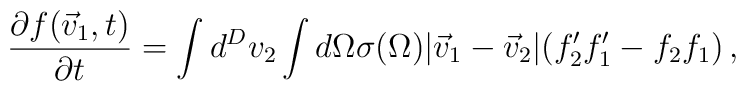
{ {\partial f(\vec v_1, t)} \over {\partial t}} =\int d^D v_2 \int d\Omega \sigma(\Omega) |\vec v_1 - \vec v_2|(f_2' f_1' - f_2 f_1) \,,